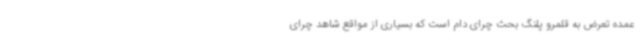
عمده تعرض به قلمرو پلنگ بحث چرای دام است که بسیاری از مواقع شاهد چرای